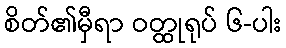
စိတ်၏မှီရာ ဝတ္ထုရုပ် ၆-ပါး